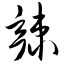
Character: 辣